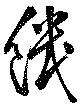
饑